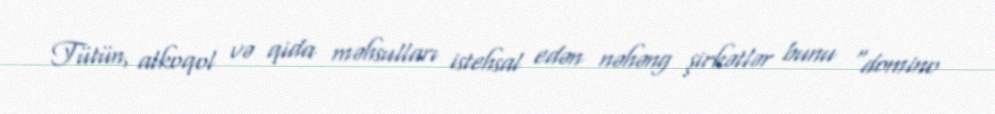
Tütün, alkoqol və qida məhsulları istehsal edən nəhəng şirkətlər bunu “domino